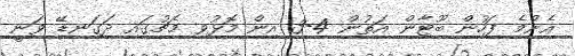
އެންމެ ފަހުން ބޫޓާން އަތުން 4-3 އިން މޮޅުވި މެޗުގައި ދަގަނޑޭ ވަނީ